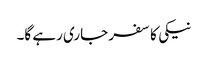
نیکی کا سفر جاری رہے گا۔